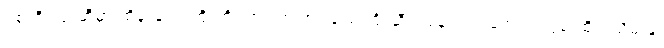
ရစ်ဘီးလုံးဆီမှာ ထိန်းချုပ် ကြိုးကိုင်ထားတဲ့ အပ်ချည်ကြိုးဆီကနေ လွတ်အောင် တွန်းထိုး၊ ယိမ်းနွဲ့၊